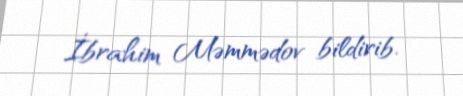
İbrahim Məmmədov bildirib.